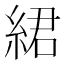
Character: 𦀲